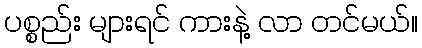
ပစ္စည်း များရင် ကားနဲ့ လာ တင်မယ်။